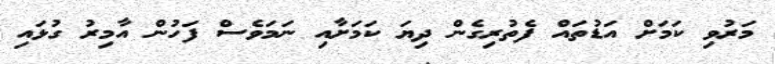
މަރުވި ކަމަށް އަޑުތައް ފެތުރިގެން ދިޔަ ކަމަށާއި ނަމަވެސް ފަހުން އާމިރު ގުޅައި